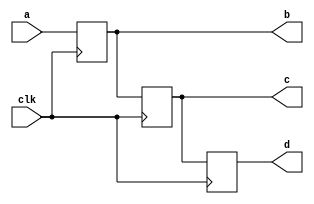
// This program was cloned from: https://github.com/michaelliao/learn-verilog
// License: GNU General Public License v3.0


module blocking (
    input a,
    input clk,
    output reg b,
    output reg c,
    output reg d
);

    // not recommended:
    always @ (posedge clk) begin
        d = c;
        c = b;
        b = a;
    end

    // recommended:
    // always @ (posedge clk) begin
    //     d <= c;
    //     c <= b;
    //     b <= a;
    // end

endmodule